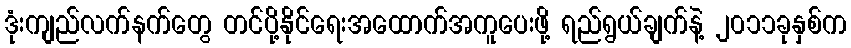
ဒုံးကျည်လက်နက်တွေ တင်ပို့နိုင်ရေးအထောက်အကူပေးဖို့ ရည်ရွယ်ချက်နဲ့ ၂၀၁၁ခုနှစ်က